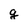
Character: g